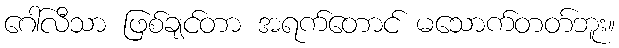
ဂေါ်လီသာ ဖြစ်ချင်တာ အရက်တောင် မသောက်တတ်ဘူး။